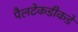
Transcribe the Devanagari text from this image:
पैलटेकडीकडे